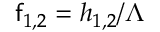
\mathsf { f } _ { 1 , 2 } = h _ { 1 , 2 } / \Lambda